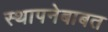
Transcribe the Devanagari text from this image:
स्थापनेबाबत